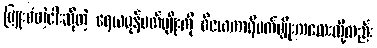
မြူးစံတဲ့ငါးဆိုတဲ့ ရေယမုန်ပတ်ပျိုးကို ဝိဇယကာရီပတ်ပျိုးကလေးလို့လည်း